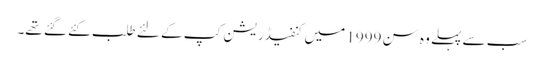
سب سے پہلے وہ سن 1999 میں کنفیڈریشن کپ کے لئے طلب کئے گئے تھے۔